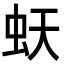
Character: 𧉂